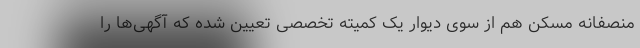
منصفانه مسکن هم از سوی دیوار یک کمیته تخصصی تعیین شده که آگهی‌ها را